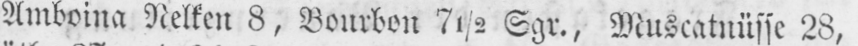
Amboina Nelken 8, Bourbon 7½ Sgr., Muscatnüsse 28,